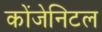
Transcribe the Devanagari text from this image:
कोंजेनिटल